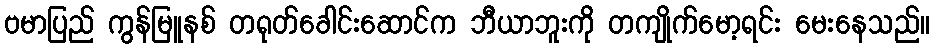
ဗမာပြည် ကွန်မြူနစ် တရုတ်ခေါင်းဆောင်က ဘီယာဘူးကို တကျိုက်မော့ရင်း မေးနေသည်။